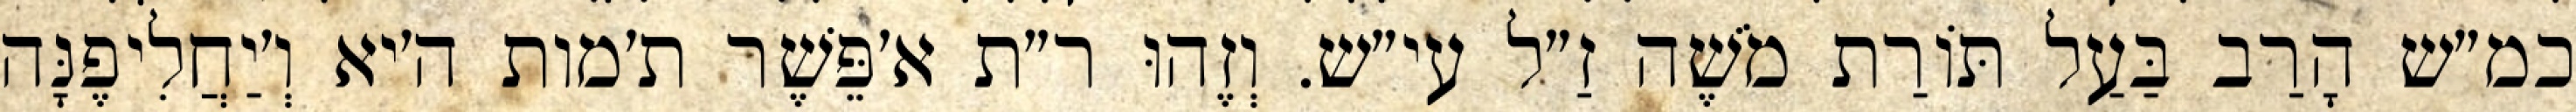
כמ״ש הָרַב בַּעַל תּוֹרַת מֹשֶׁה זַ״ל עי״ש. וְזֶהוּ ר״ת א׳פֵּשֶׁר ת׳מות ה׳יא וְ׳יַחֲלִיפֶנָּה